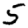
Digit: 5